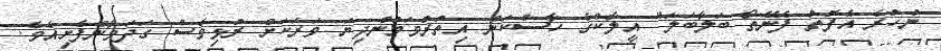
ނުހުރެ އެފޮތް ފެނޭތޯ ބަލާބަލަ" އީލާކްގެ ހާސްކަން އިތުރުވަމުންދިޔަ ވަރަކަށް ރުޅިވެސް ގަދަވާންފެށިއެވެ.